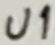
Text: U1